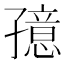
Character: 𱚁